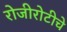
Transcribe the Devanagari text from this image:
रोजीरोटीचे